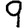
Digit: 9